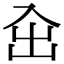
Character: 㒴